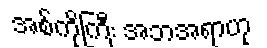
အစ်ကိုကြီး အဘအရာဟု